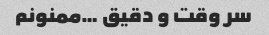
سر وقت و دقیق …ممنونم